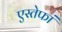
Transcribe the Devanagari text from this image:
एस्तेफां